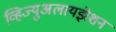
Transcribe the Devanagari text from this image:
व्हिज्युअलायझेशन